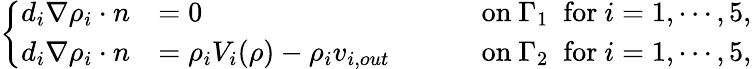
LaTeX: \left\{ \begin{array}{rlrl}{d_{i}\nabla\rho_{i}\cdot n}&{=0}&{\quad}&{\mathrm{~on~}\Gamma_{1}\; \mathrm{~for~}i=1,\cdots,5,}\\ {d_{i}\nabla\rho_{i}\cdot n}&{=\rho_{i}V_{i}(\rho)-\rho_{i}v_{i,out}}&{\quad}&{\mathrm{~on~}\Gamma_{2}\; \mathrm{~for~}i=1,\cdots,5,}\end{array}\right.